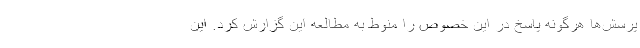
پرسش‌ها هرگونه پاسخ در این خصوص را منوط به مطالعه این گزارش کرد. این